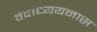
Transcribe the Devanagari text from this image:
वेदाध्ययनास